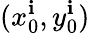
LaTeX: (x_{0}^{\mathbf{i}},y_{0}^{\mathbf{i}})